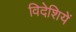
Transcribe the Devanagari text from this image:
विदेशियें